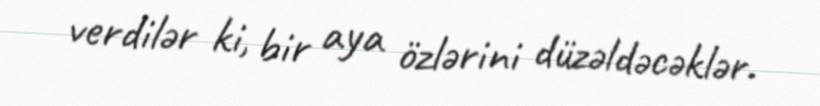
verdilər ki, bir aya özlərini düzəldəcəklər.